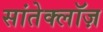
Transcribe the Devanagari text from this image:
सांतेक्लॉज़